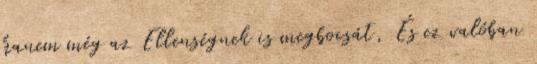
hanem még az Ellenségnek is megbocsát, És ez valóban